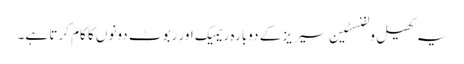
یہ کھیل ولفنسٹین سیریز کے دوبارہ ریمیک اور ربوٹ دونوں کا کام کرتا ہے۔